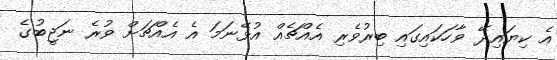
އެ ކިޔައިދޭ ވާހަކައިގައި ބިރުވެރި އެއްޗެއް އުޅޭނަމަ އެ އެއްޗަށް ވުރެ ނަޖީބުގެ